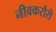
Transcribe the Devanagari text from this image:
नीवकरौरी